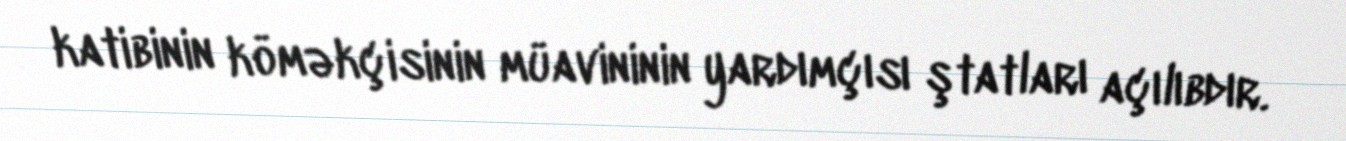
katibinin köməkçisinin müavininin yardımçısı ştatları açılıbdır.